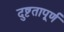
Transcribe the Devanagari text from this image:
दुष्टतापूर्ण